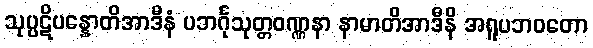
သုပ္ပဋိပန္နောတိအာဒီနံ ပဘင်္ဂုသုတ္တဝဏ္ဏနာ နာမာတိအာဒီနိ အရူပဘဝတော